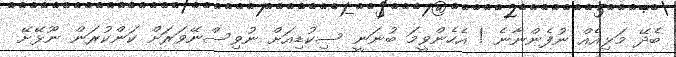
ބެދޭ މަޅިއެއް ނުފެންނާނެ ! އެހެންވީމަ ބުނަނީ ސިކުޑިއަށް ނުވިސްނޭވަރަށް ކަންކުރަން ނޫޅޭށޭ